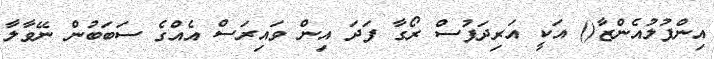
އިންފުލުއެންޒާ() އަކީ އަރިދަފުސް ރޯގާ ފަދަ އިން ވައިރަސް އެއްގެ ސަބަބުން ނޭވާލާ